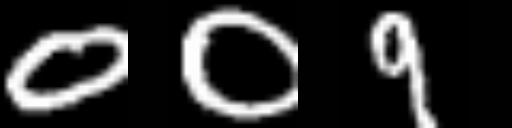
Text: 009